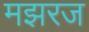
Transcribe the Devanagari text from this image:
मझरज